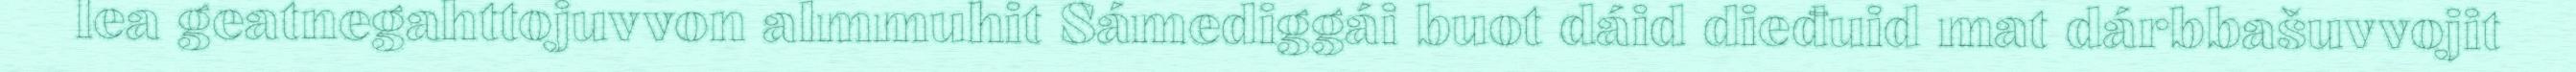
lea geatnegahttojuvvon almmuhit Sámediggái buot dáid dieđuid mat dárbbašuvvojit